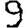
Digit: 9